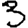
Digit: 3